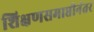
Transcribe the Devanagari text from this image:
शिक्षणसमाप्तीनंतर